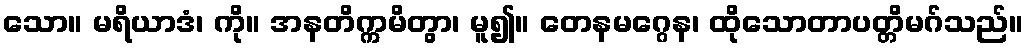
သော။ မရိယာဒံ၊ ကို။ အနတိက္ကမိတွာ၊ မူ၍။ တေနမဂ္ဂေန၊ ထိုသောတာပတ္တိမဂ်သည်။